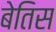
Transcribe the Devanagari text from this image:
बेतिस